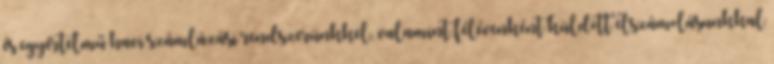
és egyértelmű havi számlázási rendszerünkkel, valamint félévenként küldött elszámolásunkkal